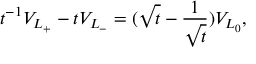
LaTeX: t ^ { - 1 } V _ { L _ { + } } - t V _ { L _ { - } } = ( \sqrt { t } - \frac { 1 } { \sqrt { t } } ) V _ { L _ { 0 } } ,